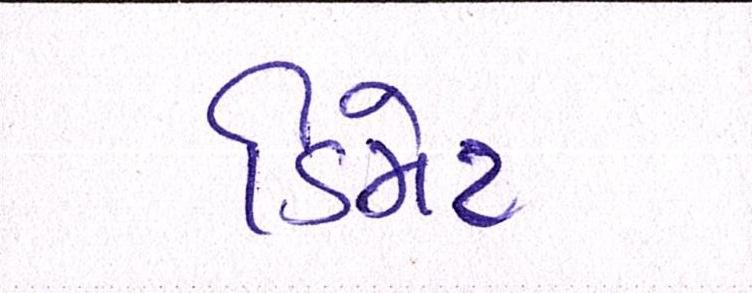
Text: ડિમેટ